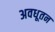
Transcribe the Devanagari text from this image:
अवधूतन